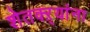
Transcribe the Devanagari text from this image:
शेतक्ऱ्यांना